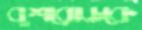
বুশরোডকে